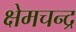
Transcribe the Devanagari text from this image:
क्षेमचन्‍द्र